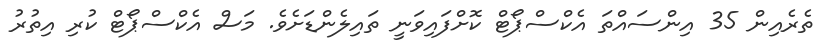
ތެރެއިން 35 އިންސައްތަ އެކްސްޕޯޓް ކޮށްފައިވަނީ ތައިލެންޑަށެވެ. މަސް އެކްސްޕޯޓް ކުރި އިތުރު